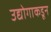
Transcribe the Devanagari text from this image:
उद्योगाकडून